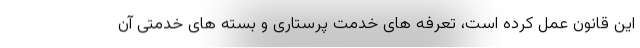
این قانون عمل کرده است، تعرفه های خدمت پرستاری و بسته های خدمتی آن